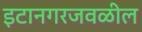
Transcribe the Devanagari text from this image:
इटानगरजवळील